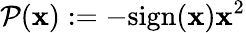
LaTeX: \mathcal{P}(\mathbf{x}):=-\mathrm{sign}(\mathbf{x})\mathbf{x}^{2}